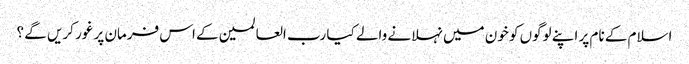
اسلام کے نام پر اپنے لوگوں کو خون میں نہلانے والے کیا رب العالمین کے اس فرمان پر غور کریں گے ؟